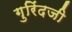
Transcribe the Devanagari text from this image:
गुरिंदजी